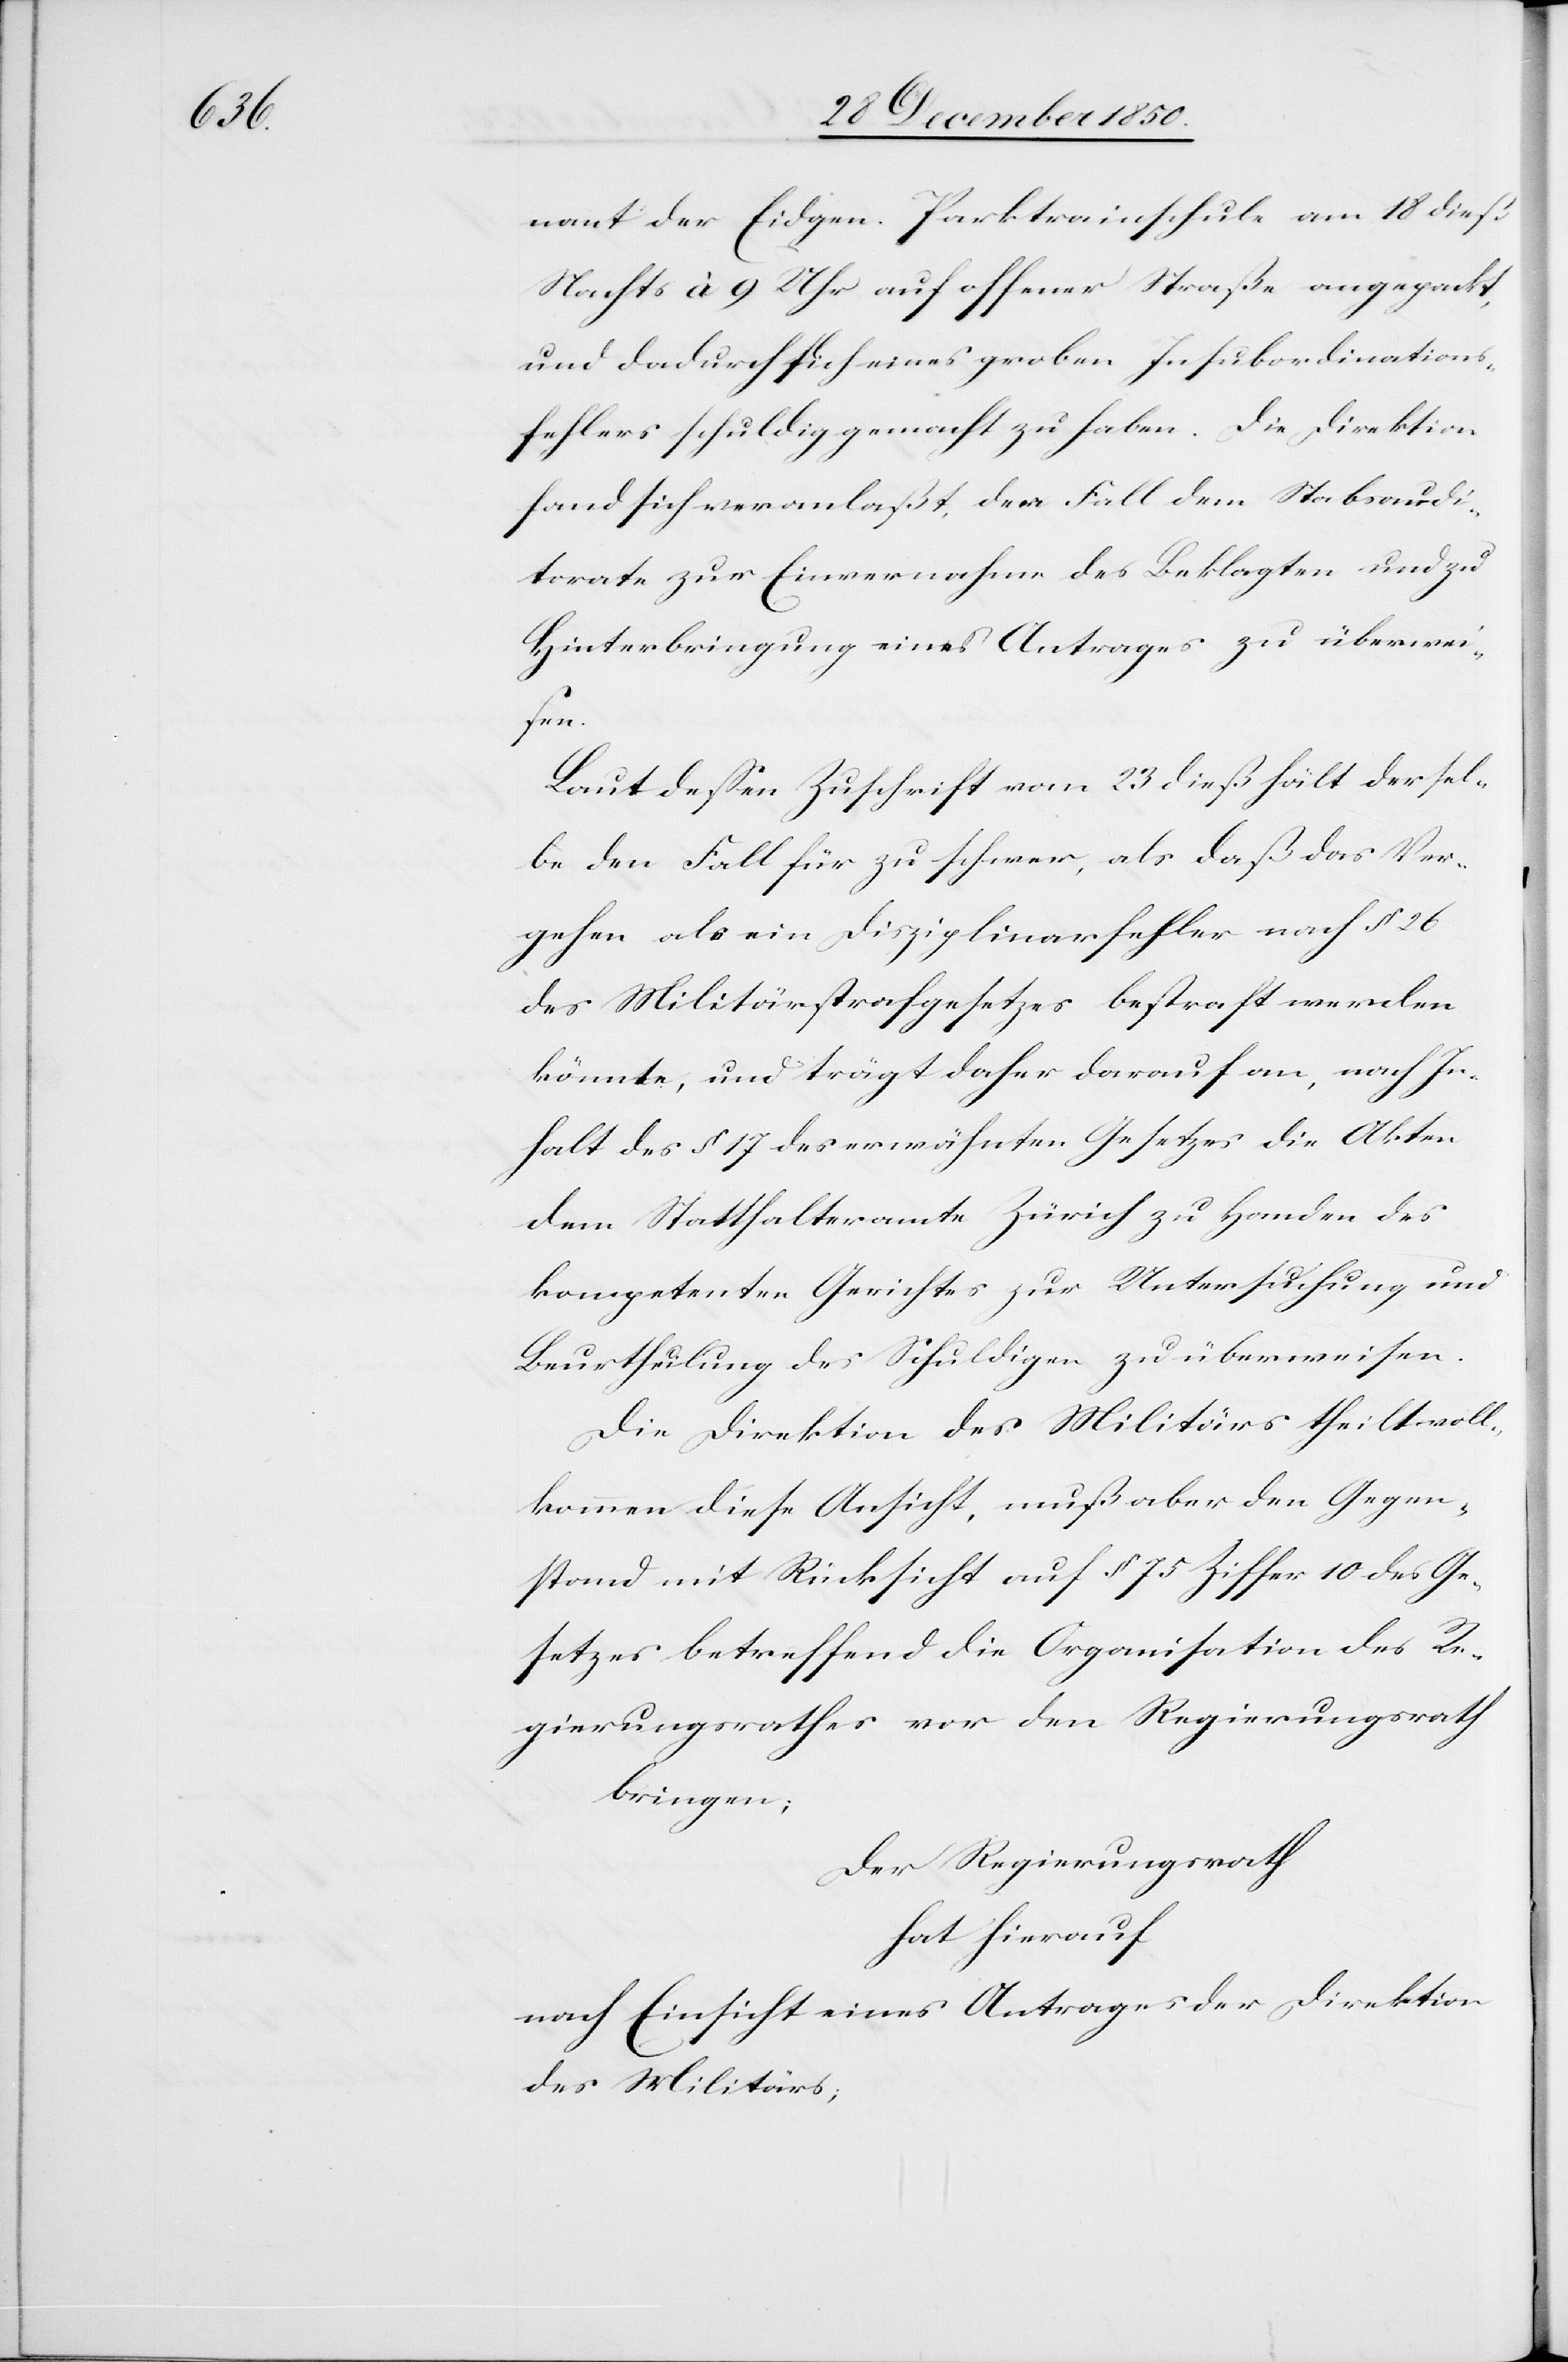
nant der Eidgen. Parktrainschule am 18 dieß
Nachts à 9 Uhr auf offener Straße angepackt,
und dadurch sich eines groben Insubordinations¬
fehlers schuldig gemacht zu haben. Die Direktion
fand sich veranlaßt, den Fall dem Stabsaudi¬
torate zur Einvernahme des Beklagten und zu
Hinterbringung eines Antrages zu überwei¬
sen.
Laut dessen Zuschrift vom 23 dieß hält dersel¬
be den Fall für zu schwer, als daß das Ver¬
gehen als ein Disziplinarfehler nach § 26
des Militärstrafgesetzes bestraft werden
könnte, und trägt daher darauf an, nach In¬
halt des § 17 des erwähnten Gesetzes die Akten
dem Statthalteramte Zürich zu Handen des
kompetenten Gerichtes zur Untersuchung und
Beurtheilung des Schuldigen zu überweisen.
Die Direktion des Militärs theilt voll¬
kommen diese Ansicht, muß aber den Gegen¬
stand mit Rücksicht auf § 75 Ziffer 10 des Ge¬
setzes betreffend die Organisation des Re¬
gierungsrathes vor den Regierungsrath
bringen;
Der Regierungsrath
hat hierauf
nach Einsicht eines Antrages der Direktion
des Militärs;